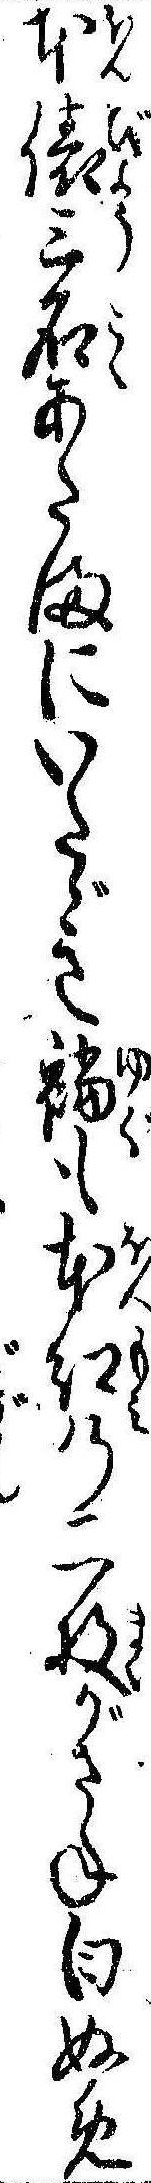
本俵三石あたまにいたゞき襠も本紅の二枚がさね白ぬめ